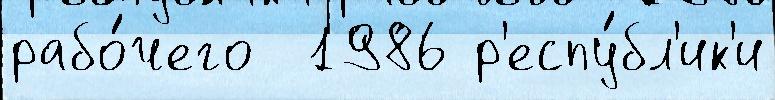
рабо́чего  1986 р'еспу́бл'ик'и